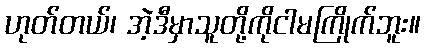
ဟုတ်တယ်၊ အဲ့ဒီမှာသူတို့ကိုငါမကြိုက်ဘူး။